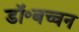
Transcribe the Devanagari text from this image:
डॉ॰बच्चन